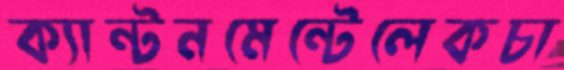
ক্যান্টনমেন্টেলেকচা